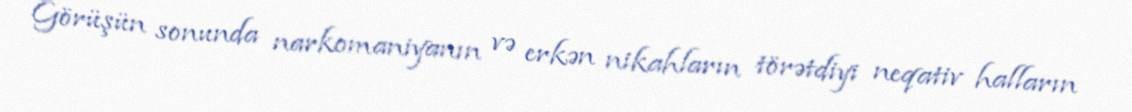
Görüşün sonunda narkomaniyanın və erkən nikahların törətdiyi neqativ halların